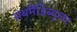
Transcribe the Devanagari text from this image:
सबमैंडिब्यूलर